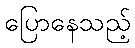
ပြောနေသည့်